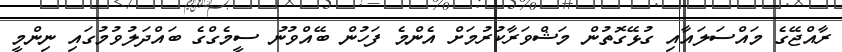
ރާއްޖޭގެ މައްސަލައާއި ގުޅޭގޮތުން މަޝްވަރާކުރުމަށް އެންމެ ފަހުން ބޭއްވުނު ސީމެގްގެ ބައްދަލުވުމުގައި ނިންމީ